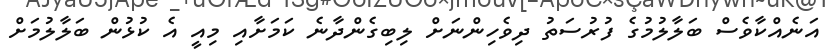
އަނެއްކާވެސް ބަލާލުމުގެ ފުރުސަތު ދިވެހިންނަށް ލިބިގެންދާނެ ކަމަށާއި މިއީ އެ ކުޅުން ބަލާލުމަށް